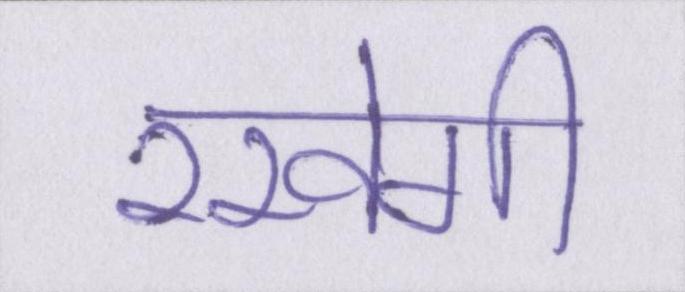
रखेगी